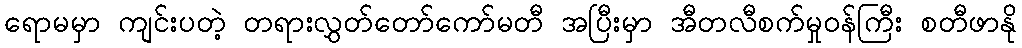
ရောမမှာ ကျင်းပတဲ့ တရားလွှတ်တော်ကော်မတီ အပြီးမှာ အီတလီစက်မှုဝန်ကြီး စတီဖာနို